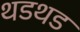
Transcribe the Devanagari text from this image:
थडथड